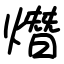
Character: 熸